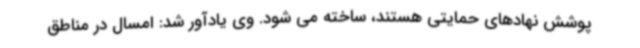
پوشش نهادهای حمایتی هستند، ساخته می شود. وی یادآور شد: امسال در مناطق